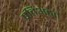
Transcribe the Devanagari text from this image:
प्रतिअहत